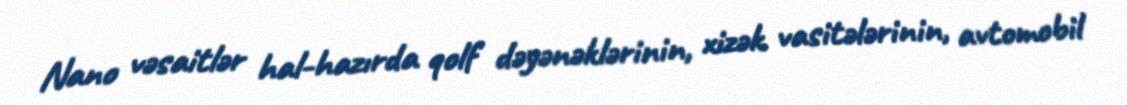
Nano vəsaitlər hal-hazırda qolf dəyənəklərinin, xizək vasitələrinin, avtomobil